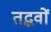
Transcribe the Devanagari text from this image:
तद्भवों